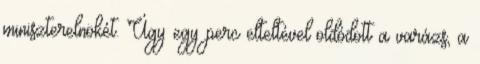
miniszterel­nö­két. Úgy egy perc elteltével oldódott a varázs, a